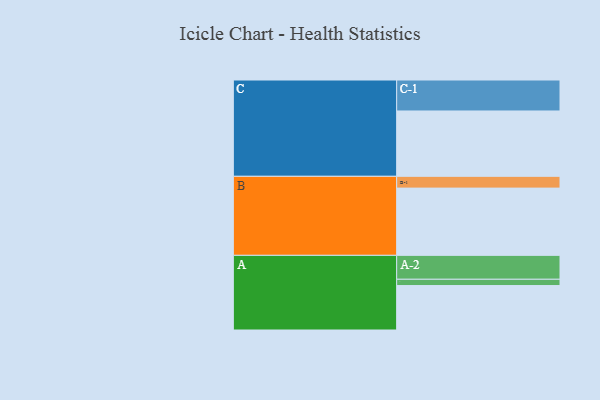
{"axis": {"x": "Segment", "y": "Value"}, "legend": ["", "A", "B", "C"], "data": [{"x": "A", "y": 396, "type": ""}, {"x": "B", "y": 599, "type": ""}, {"x": "C", "y": 582, "type": ""}, {"x": "A-1", "y": 56, "type": "A"}, {"x": "A-2", "y": 213, "type": "A"}, {"x": "B-1", "y": 105, "type": "B"}, {"x": "C-1", "y": 276, "type": "C"}]}